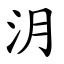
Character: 㳉